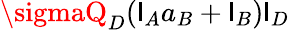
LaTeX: \sigmaQ_{D}(\mathsf{l}_{A}a_{B}+\mathsf{l}_{B})\mathsf{l}_{D}